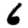
Digit: 6